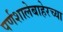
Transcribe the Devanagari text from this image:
पर्णशालेबाहेरच्या